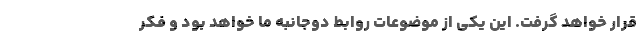
قرار خواهد گرفت. این یکی از موضوعات روابط دوجانبه ما خواهد بود و فکر